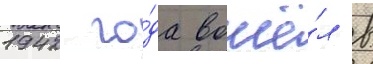
1942 го́да вошё́л в